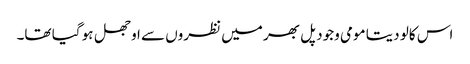
اس کالو دیتا مومی وجود پل بھر میں نظروں سے اوجھل ہو گیا تھا۔